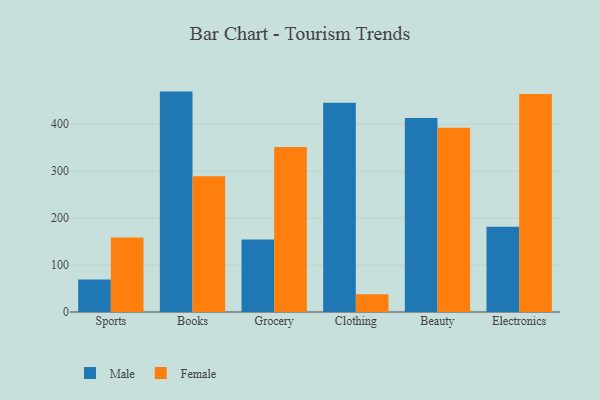
{"axis": {"x": "Category", "y": "LTV (USD)"}, "legend": ["Female", "Male"], "data": [{"x": "Sports", "y": 69.3, "type": "Male"}, {"x": "Sports", "y": 158.6, "type": "Female"}, {"x": "Books", "y": 469.5, "type": "Male"}, {"x": "Books", "y": 289.2, "type": "Female"}, {"x": "Grocery", "y": 154.4, "type": "Male"}, {"x": "Grocery", "y": 351.5, "type": "Female"}, {"x": "Clothing", "y": 446.0, "type": "Male"}, {"x": "Clothing", "y": 37.7, "type": "Female"}, {"x": "Beauty", "y": 413.2, "type": "Male"}, {"x": "Beauty", "y": 392.6, "type": "Female"}, {"x": "Electronics", "y": 181.6, "type": "Male"}, {"x": "Electronics", "y": 464.4, "type": "Female"}]}